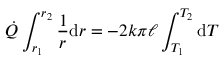
{ \dot { Q } } \int _ { r _ { 1 } } ^ { r _ { 2 } } { \frac { 1 } { r } } \mathrm { d } r = - 2 k \pi \ell \int _ { T _ { 1 } } ^ { T _ { 2 } } \mathrm { d } T